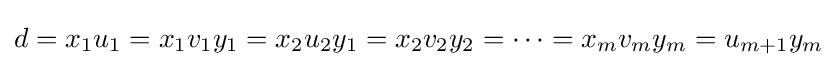
d=x_{1}u_{1}=x_{1}v_{1}y_{1}=x_{2}u_{2}y_{1}=x_{2}v_{2}y_{2}=\cdots =x_{m}v_{m}y_{m}=u_{m+1}y_{m}